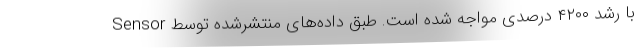
با رشد ۴۲۰۰ درصدی مواجه شده است. طبق داده‌های منتشرشده توسط Sensor